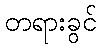
တရားခွင်